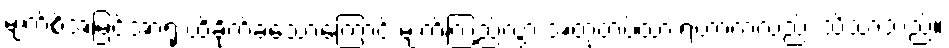
မျက်စိအမြင်အာရုံ ထိခိုက်ခဲ့သောကြောင့် မျက်ကြည်လွှာ အတုတပ်ထားရတာကလည်း သိသာသည်။